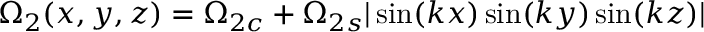
\Omega _ { 2 } ( x , y , z ) = \Omega _ { 2 c } + \Omega _ { 2 s } | \sin ( k x ) \sin ( k y ) \sin ( k z ) |